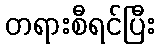
တရားစီရင်ပြီး